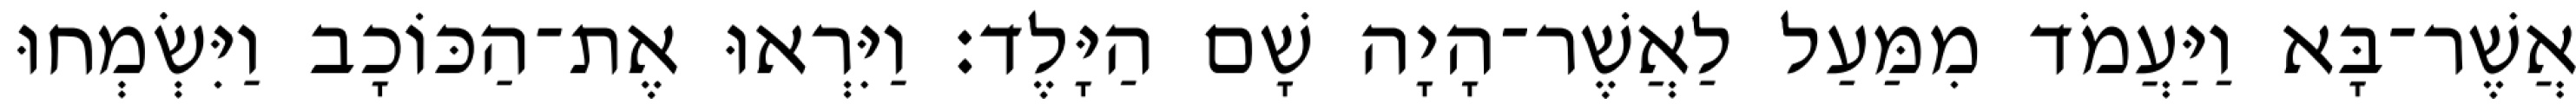
אֲשֶׁר־בָּא וַיַּעֲמֹד מִמַּעַל לַאֲשֶׁר־הָיָה שָׁם הַיָּלֶד׃ וַיִּרְאוּ אֶת־הַכּוֹכָב וַיִּשְׂמְחוּ